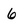
Character: 6